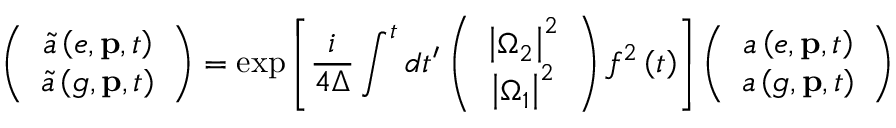
\left( \begin{array} { c } { \tilde { a } \left( e , \mathbf { p } , t \right) } \\ { \tilde { a } \left( g , \mathbf { p } , t \right) } \end{array} \right) = \exp \left[ \frac { i } { 4 \Delta } \int ^ { t } d t ^ { \prime } \left( \begin{array} { c } { \left\vert \Omega _ { 2 } \right\vert ^ { 2 } } \\ { \left\vert \Omega _ { 1 } \right\vert ^ { 2 } } \end{array} \right) f ^ { 2 } \left( t \right) \right] \left( \begin{array} { c } { a \left( e , \mathbf { p } , t \right) } \\ { a \left( g , \mathbf { p } , t \right) } \end{array} \right)